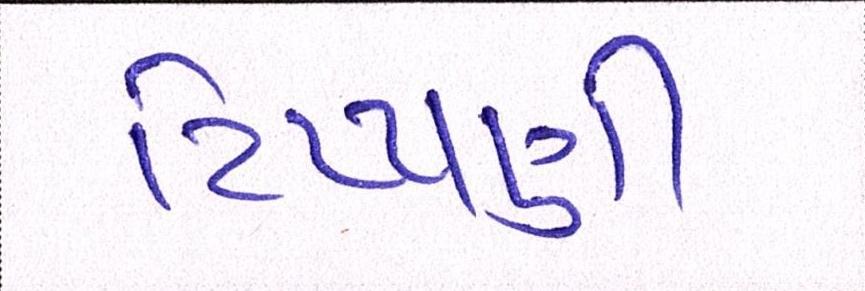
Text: ટિપ્પણી